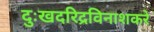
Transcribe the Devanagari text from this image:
दुःखदरिद्रविनाशकरे